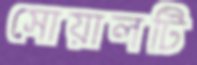
সোয়ালটি